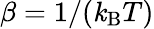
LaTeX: \beta=1/(\mathit{k}_{\mathrm{{B}}}T)